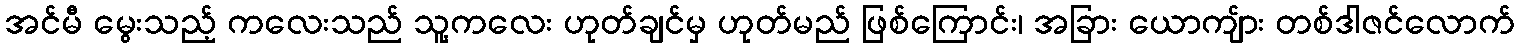
အင်မီ မွေးသည့် ကလေးသည် သူ့ကလေး ဟုတ်ချင်မှ ဟုတ်မည် ဖြစ်ကြောင်း၊ အခြား ယောကျ်ား တစ်ဒါဇင်လောက်